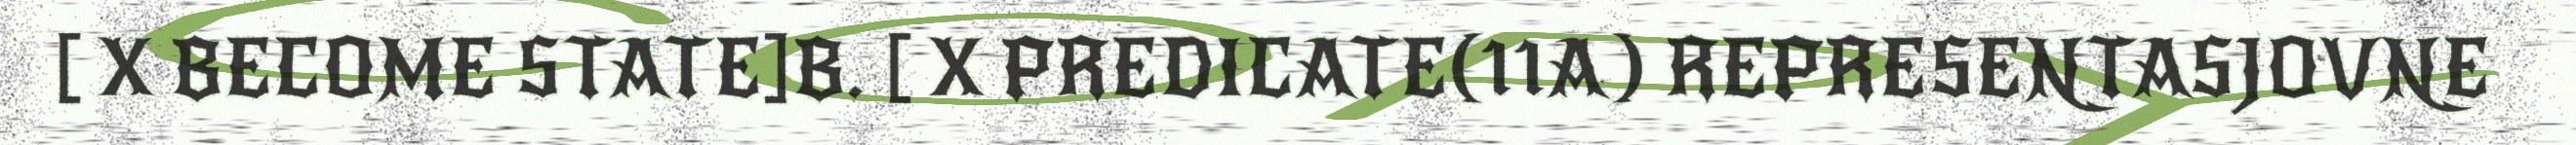
[ X BECOME STATE]B. [ X PREDICATE(11A) REPRESENTASJOVNE